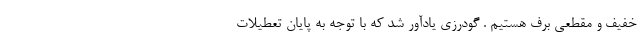
خفیف و مقطعی برف هستیم . گودرزی یادآور شد که با توجه به پایان تعطیلات